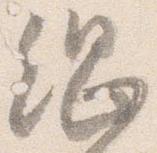
綱